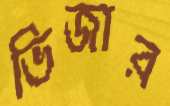
ভিজার